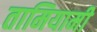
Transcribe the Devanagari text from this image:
तामियामी